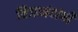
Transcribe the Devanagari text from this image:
निजानंदांनी